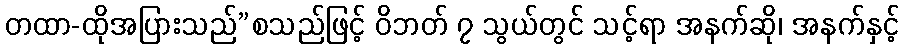
တထာ-ထိုအပြားသည်”စသည်ဖြင့် ဝိဘတ် ၇ သွယ်တွင် သင့်ရာ အနက်ဆို၊ အနက်နှင့်